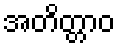
အတိတ္တာဝ